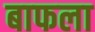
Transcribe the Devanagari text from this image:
बाफला